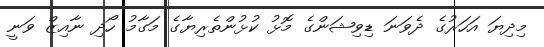
މިދިޔަ އަހަރުގެ ދެވަނަ ޑިވިޝަންގެ މޮޅު ކުޅުންތެރިޔާގެ މަގާމު ހޯދި ނާއިޒް ވަނީ